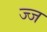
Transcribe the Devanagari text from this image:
ज्ज